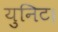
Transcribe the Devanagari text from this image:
युनिट।